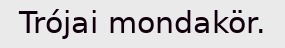
Trójai mondakör.